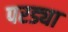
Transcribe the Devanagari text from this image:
परड्या